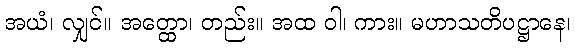
အယံ၊ လျှင်။ အတ္ထော၊ တည်း။ အထ ဝါ၊ ကား။ မဟာသတိပဋ္ဌာနေ၊